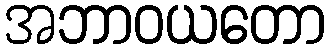
အဘာဝယတော